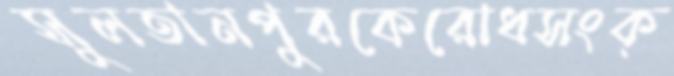
সুলতানপুরকেরোধসংক্